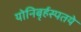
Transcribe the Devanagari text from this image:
योनिबृर्हस्पतये